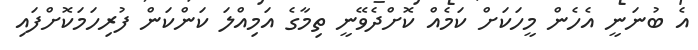
އެ ބުނަނީ އެހެން މީހަކަށް ކަމެއް ކޮށްދެވޭނީ ތިމާގެ އަމިއްލަ ކަންކަން ފުރިހަމަކޮށްފައި